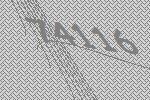
74116